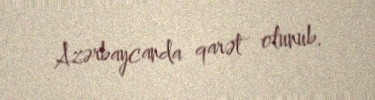
Azərbaycanda qarət olunub.